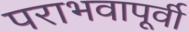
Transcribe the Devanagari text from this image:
पराभवापूर्वी